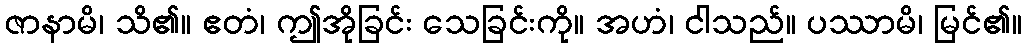
ဇာနာမိ၊ သိ၏။ ဧတံ၊ ဤအိုခြင်း သေခြင်းကို။ အဟံ၊ ငါသည်။ ပဿာမိ၊ မြင်၏။